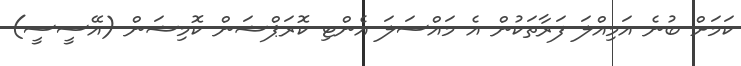
ކަމަށް ބުނެ އަމިއްލަ ފަރާތަކުން އެ މައްސަލަ އެންޓި ކޮރަޕްޝަން ކޮމިޝަން (އޭސީސީ)